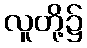
လူတို့၌